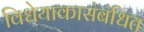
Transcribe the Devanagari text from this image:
विधेयाकासंबंधित